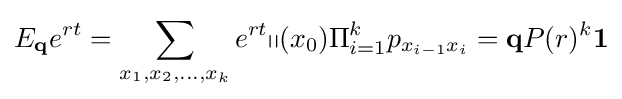
E_{\mathbf {q} }e^{rt}=\sum _{x_{1},x_{2},...,x_{k}}e^{rt}\mathbb {q} (x_{0})\Pi _{i=1}^{k}p_{x_{i-1}x_{i}}=\mathbf {q} P(r)^{k}\mathbf {1}